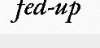
fed-up